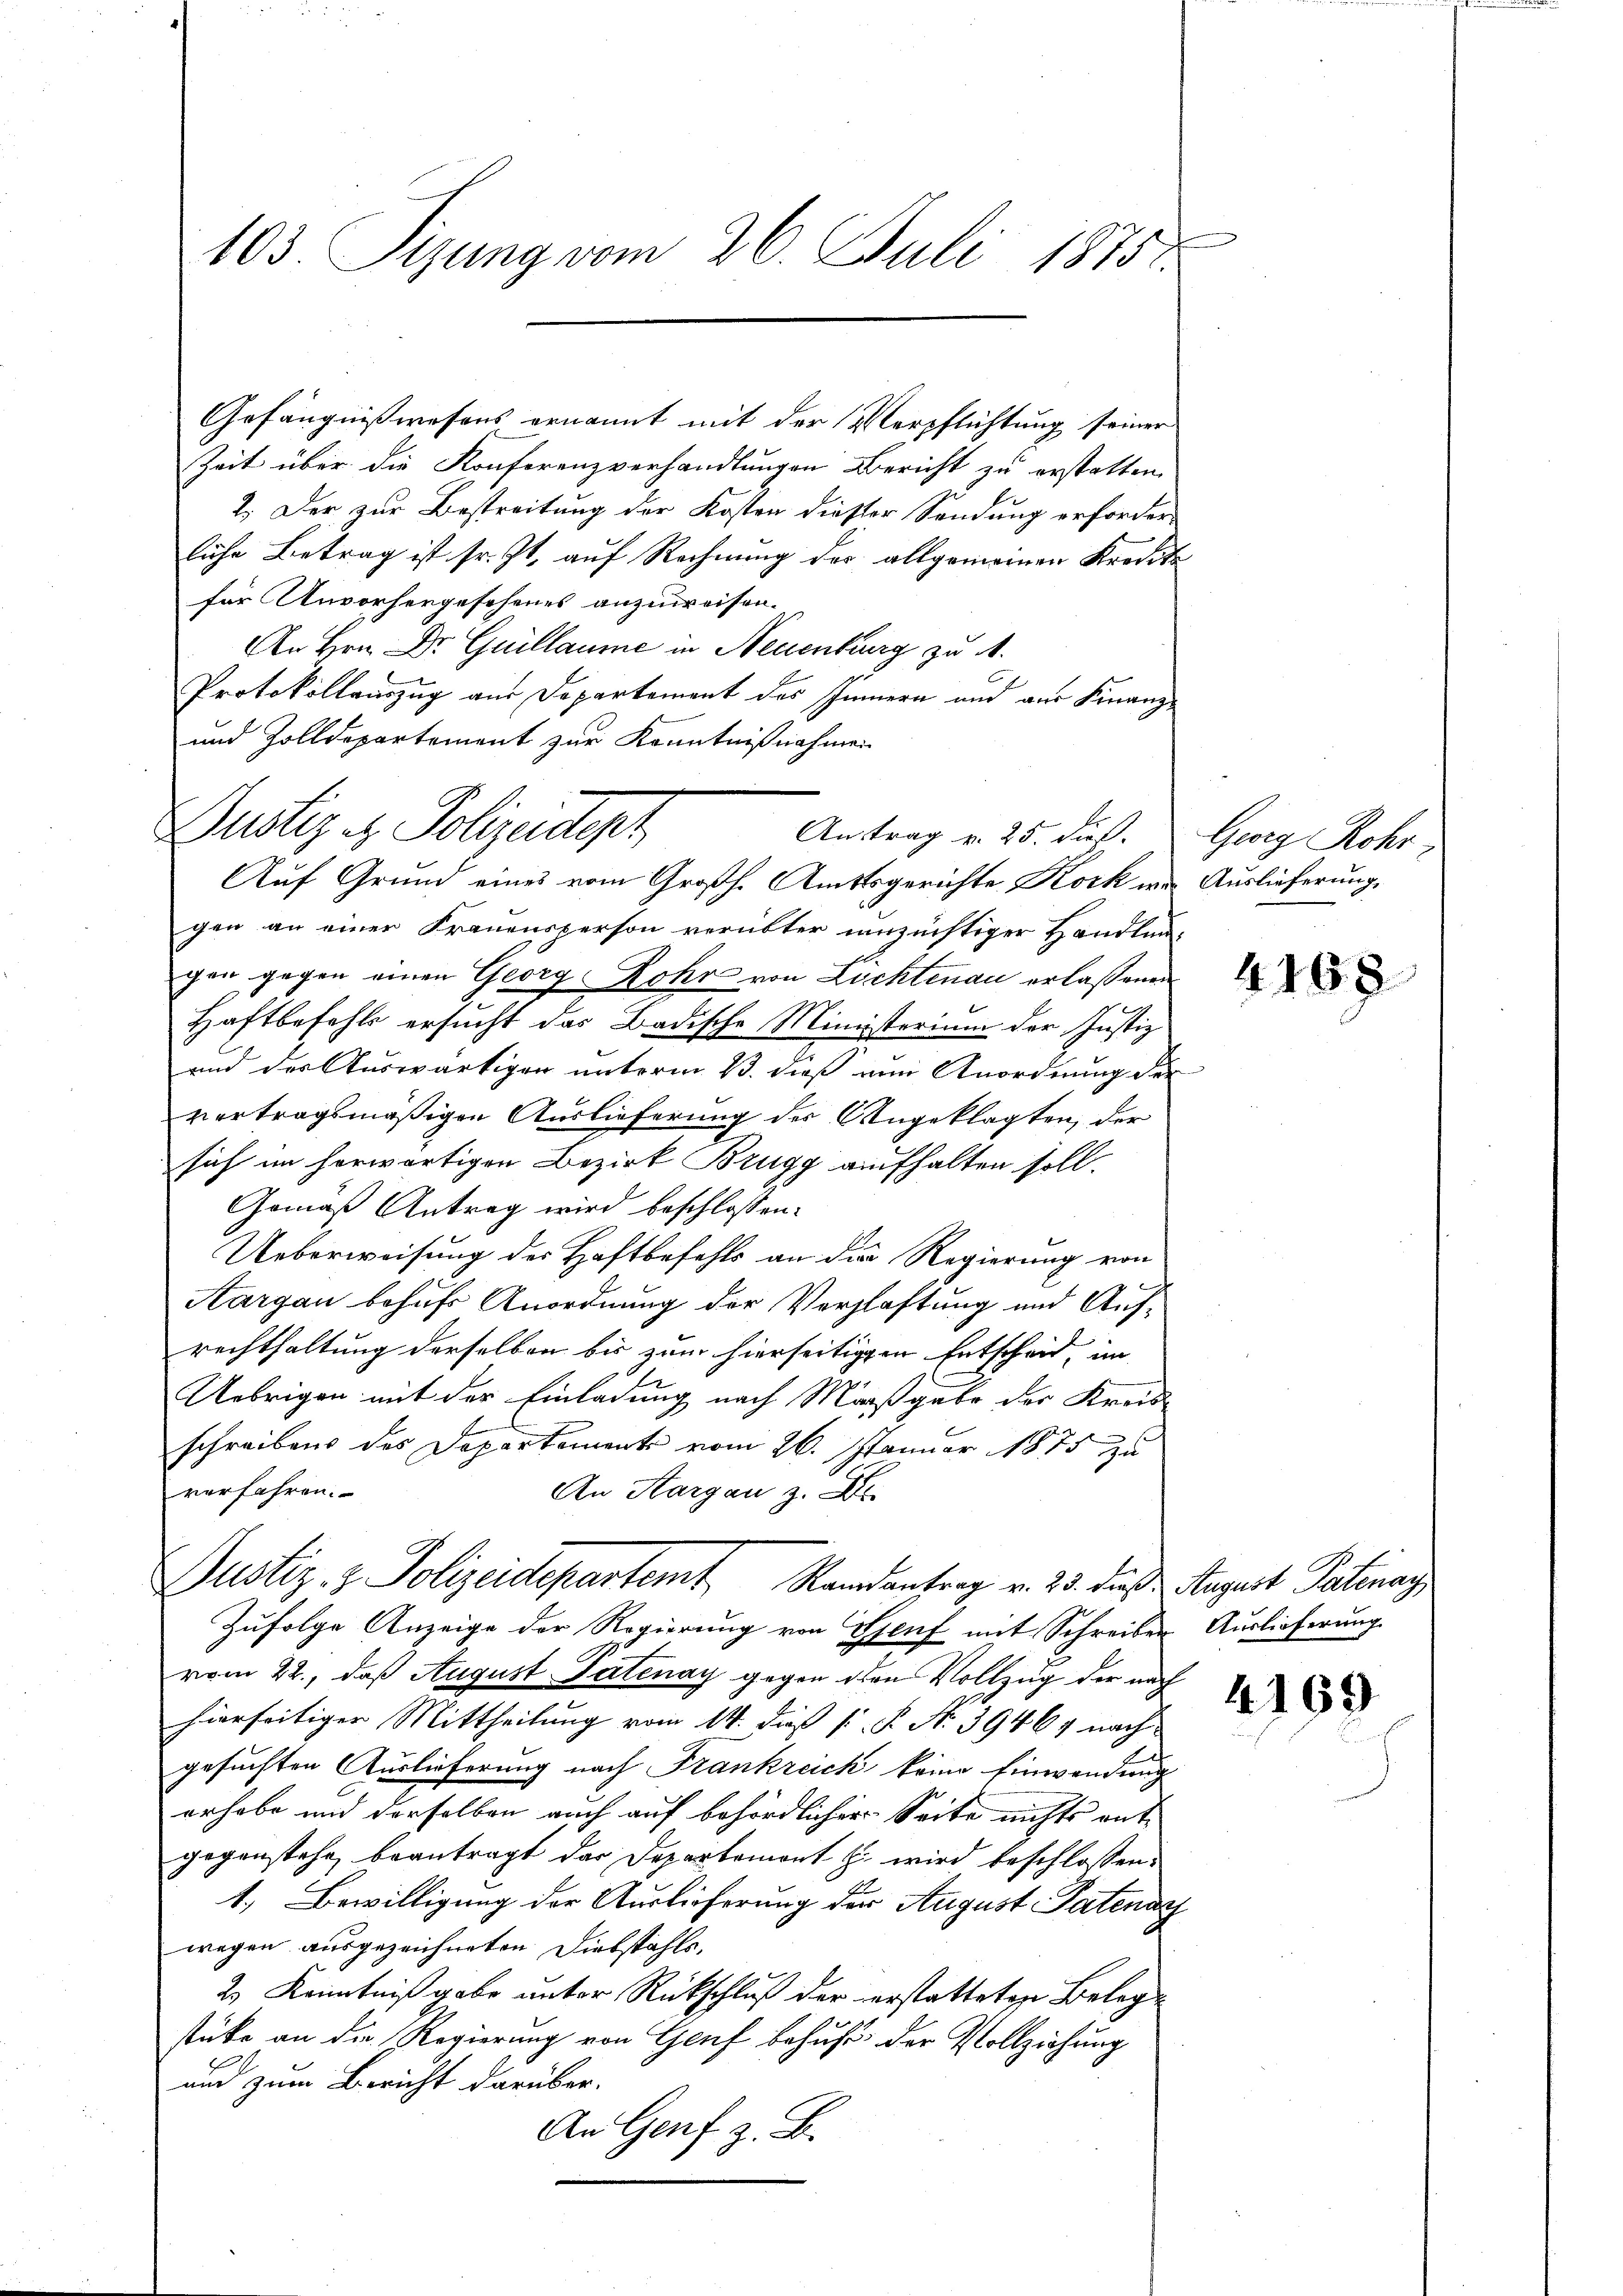
103. Sizung vom 26. Juli 1875.

Gefängnißwesens ernannt mit der Verpflichtung seiner
Zeit über die Konferenzverhandlungen Bericht zu erstatten.
2. Der zur Bestreitung der Kosten dieser Sendung erforderliche Betrag ist sr. Zt. auf Rechnung des allgemeinen Kreditafür Anvorhergesehenes anzuweisen.
An Hrn. Dr Guillaume in Neuenburg zu A
Protokollauszug aus Departement des Innern und aus Finanz¬
und Zolldepartement zur Kenntnißnahmen

Dustiz - Polizeidiger
Antrag v. 25. Fuß.
Auf Grund eines vom Großh. Amtsgerichte Kork wir Auslieferung,

gen an einer Frauensperson verübter unzüchtiger Handlungen gegen einen Georg Rohr von Lichtenau erlaßenen
Haftbefehls ersucht das Badische Ministerium der Justiz
und der Auswärtigen unterm 13. dieß von Anordnung der
vertragsmäßigen Auslieferung der Angeklagten, der
sich im herwärtigen Bezirk Brugg aufhalten soll.
Gemäß Antrag wird beschlossen:
Ueberweisung der Haftbefehls an die Regierung von
Aargau behufs Anordnung der Verglastung und Aufrechthaltung derselben bis zum hierseitigen Entscheid, im
Uebrigen mit der Einladung nach Maaßgabe der Kreisschreibens des Departement vom 26. Januar 1875 zu
verfahren.
An Aargau z.
Justiz- & Polizeidepartemt Randantrag v. 23. dies Augart Partinaz,
Zufolge Anzeige der Regierung von Genf mit Schreiber Auslieferung
vom 22., daß August Patenay gegen den Vollzug der nach
hierseitiger Mittheilung vom 14. dieß s P. Nr. 39464 nach
gesuchten Auslieferung nach Frankreich keine Einwendung
erhabe und derselben auch auf behördlicher Seite nichts entgegenstehe beantragt das Departemont zu wird beschlossen:
1.) Bewilligung der Auslieferung der August Patenar
wegen ausgezeichneten Diebstahls¬
2.) Kenntniß gabe unter Rückschluß der erstatteten Belegstüke an die Regierung von Genf behufs der Vollziehung
und zum Bericht darüber.
An Genf z. B.

Georg Rohr

4168

4169